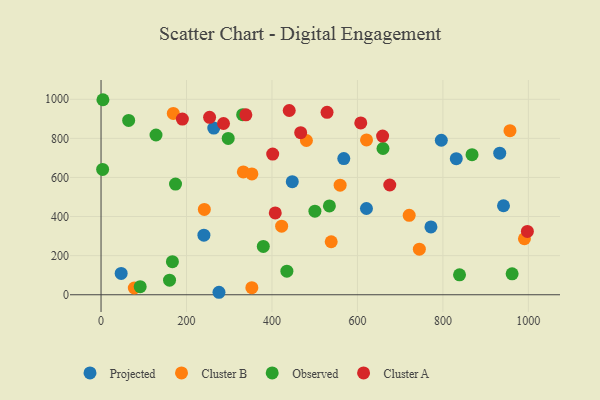
{"axis": {"x": "Experience", "y": "Rating"}, "legend": ["Cluster A", "Cluster B", "Observed", "Projected"], "data": [{"x": "941.8", "y": 455.4, "type": "Projected"}, {"x": "276.0", "y": 12.7, "type": "Projected"}, {"x": "240.7", "y": 304.6, "type": "Projected"}, {"x": "263.8", "y": 852.7, "type": "Projected"}, {"x": "447.5", "y": 578.7, "type": "Projected"}, {"x": "796.3", "y": 790.5, "type": "Projected"}, {"x": "568.1", "y": 696.4, "type": "Projected"}, {"x": "933.0", "y": 724.5, "type": "Projected"}, {"x": "621.1", "y": 441.3, "type": "Projected"}, {"x": "47.1", "y": 109.0, "type": "Projected"}, {"x": "772.0", "y": 346.9, "type": "Projected"}, {"x": "831.3", "y": 696.1, "type": "Projected"}, {"x": "721.1", "y": 406.3, "type": "Cluster B"}, {"x": "480.6", "y": 789.0, "type": "Cluster B"}, {"x": "422.6", "y": 351.0, "type": "Cluster B"}, {"x": "333.0", "y": 628.6, "type": "Cluster B"}, {"x": "352.9", "y": 36.3, "type": "Cluster B"}, {"x": "353.0", "y": 618.3, "type": "Cluster B"}, {"x": "957.0", "y": 839.3, "type": "Cluster B"}, {"x": "77.8", "y": 34.6, "type": "Cluster B"}, {"x": "169.1", "y": 927.4, "type": "Cluster B"}, {"x": "241.7", "y": 436.5, "type": "Cluster B"}, {"x": "990.8", "y": 286.6, "type": "Cluster B"}, {"x": "621.3", "y": 792.3, "type": "Cluster B"}, {"x": "559.5", "y": 560.7, "type": "Cluster B"}, {"x": "538.6", "y": 271.2, "type": "Cluster B"}, {"x": "744.9", "y": 233.1, "type": "Cluster B"}, {"x": "838.9", "y": 102.0, "type": "Observed"}, {"x": "534.4", "y": 454.5, "type": "Observed"}, {"x": "128.6", "y": 817.2, "type": "Observed"}, {"x": "4.4", "y": 997.7, "type": "Observed"}, {"x": "331.4", "y": 921.2, "type": "Observed"}, {"x": "174.3", "y": 566.3, "type": "Observed"}, {"x": "500.5", "y": 427.8, "type": "Observed"}, {"x": "868.2", "y": 716.8, "type": "Observed"}, {"x": "64.6", "y": 891.6, "type": "Observed"}, {"x": "962.0", "y": 107.1, "type": "Observed"}, {"x": "160.3", "y": 74.6, "type": "Observed"}, {"x": "167.0", "y": 169.3, "type": "Observed"}, {"x": "434.9", "y": 120.4, "type": "Observed"}, {"x": "659.8", "y": 748.1, "type": "Observed"}, {"x": "379.7", "y": 247.0, "type": "Observed"}, {"x": "297.6", "y": 799.7, "type": "Observed"}, {"x": "3.7", "y": 641.2, "type": "Observed"}, {"x": "91.6", "y": 41.4, "type": "Observed"}, {"x": "675.7", "y": 561.5, "type": "Cluster A"}, {"x": "401.7", "y": 719.7, "type": "Cluster A"}, {"x": "467.2", "y": 828.9, "type": "Cluster A"}, {"x": "254.0", "y": 907.8, "type": "Cluster A"}, {"x": "658.9", "y": 811.9, "type": "Cluster A"}, {"x": "190.3", "y": 898.9, "type": "Cluster A"}, {"x": "286.6", "y": 876.0, "type": "Cluster A"}, {"x": "440.4", "y": 942.5, "type": "Cluster A"}, {"x": "997.7", "y": 323.9, "type": "Cluster A"}, {"x": "407.7", "y": 418.5, "type": "Cluster A"}, {"x": "338.9", "y": 920.3, "type": "Cluster A"}, {"x": "528.9", "y": 933.0, "type": "Cluster A"}, {"x": "607.8", "y": 879.2, "type": "Cluster A"}]}